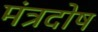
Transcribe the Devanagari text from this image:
मंत्रदोष